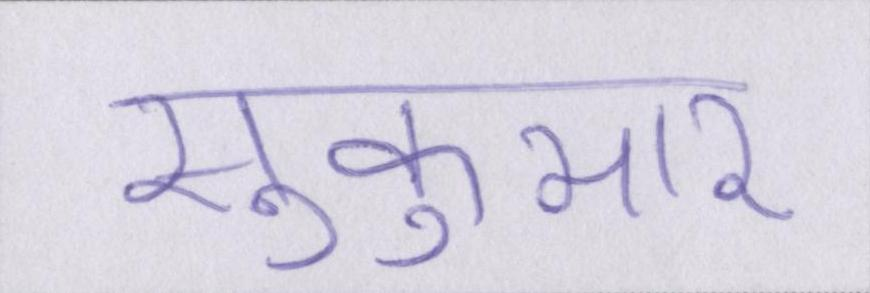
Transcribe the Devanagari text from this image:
सुकुमार